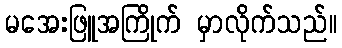
မအေးဖြူအကြိုက် မှာလိုက်သည်။